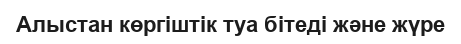
Алыстан көргіштік туа бітеді және жүре